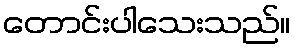
တောင်းပါသေးသည်။